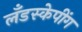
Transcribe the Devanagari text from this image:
लँडस्केपींग